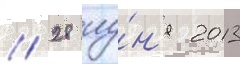
// 28 иу́н'я 2013